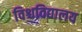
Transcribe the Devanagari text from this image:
विश्चविद्यालय